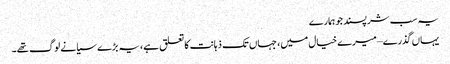
یہ سب شرپسند جو ہمارے
یہاں گذرے – میرے خیال میں، جہاں تک ذہانت کا تعلق ہے، یہ بڑے سیانے لوگ تھے۔